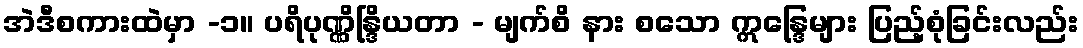
အဲဒီစကားထဲမှာ -၁။ ပရိပုဏ္ဏိန္ဒြိယတာ - မျက်စိ နား စသော ဣန္ဒြေများ ပြည့်စုံခြင်းလည်း